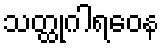
သတ္ထုဂါရဝေန